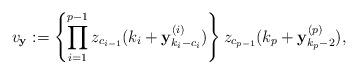
LaTeX: \begin{align*}v_{\mathbf{y}}:=\left\{\prod_{i=1}^{p-1}z_{c_{i-1}}(k_i+\mathbf{y}_{k_i-c_{i}}^{(i)})\right\}z_{c_{p-1}}(k_p+\mathbf{y}_{k_p-2}^{(p)}),\end{align*}